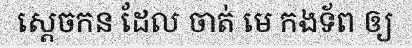
ស្តេចកន ដែល ចាត់ មេ កងទ័ព ឲ្យ